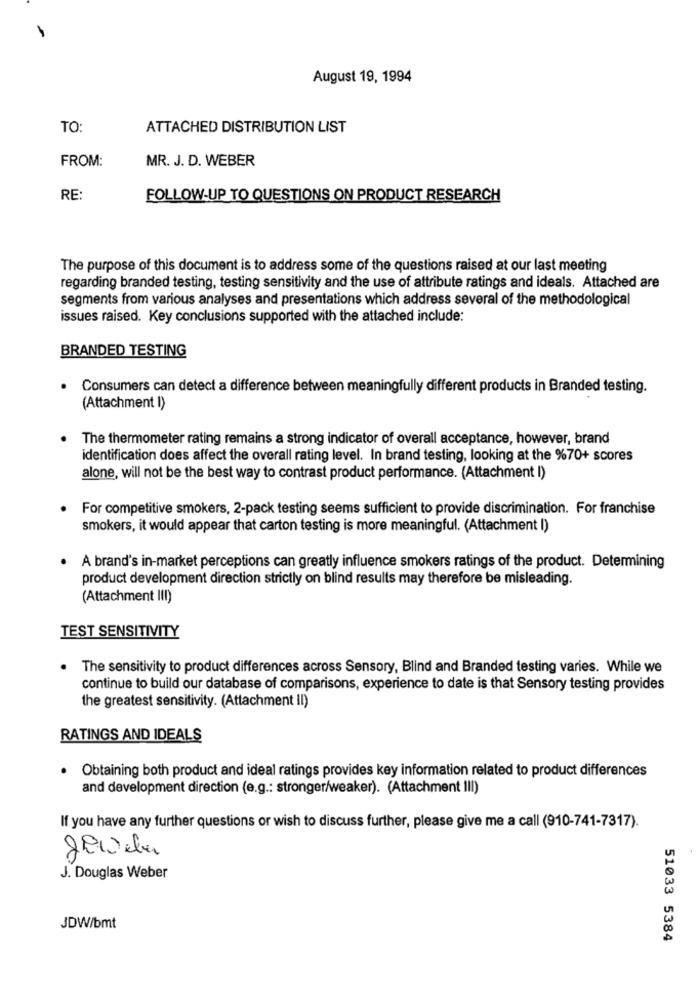
August 19, 1994
TO:
ATTACHED DISTRIBUTION LIST
FROM:
MR. J. D. WEBER
RE:
FOLLOW-UP TO QUESTIONS ON PRODUCT RESEARCH
The purpose of this document is to address some of the questions raised at our last meeting
regarding branded testing, testing sensitivity and the use of attribute ratings and ideals. Attached are
segments from various analyses and presentations which address several of the methodological
issues raised. Key conclusions supported with the attached include:
BRANDED TESTING
Consumers can detect a difference between meaningfully different products in Branded testing.
(Attachment I)
The thermometer rating remains a strong indicator of overall acceptance, however, brand
identification does affect the overall rating level. In brand testing, looking at the %70+ scores
alone, will not be the best way to contrast product performance. (Attachment I)
For competitive smokers, 2-pack testing seems sufficient to provide discrimination. For franchise
smokers, it would appear that carton testing is more meaningful. (Attachment I)
A brand's in-market perceptions can greatly influence smokers ratings of the product. Determining
product development direction strictly on blind results may therefore be misleading.
(Attachment III)
TEST SENSITIVITY
.
The sensitivity to product differences across Sensory, Blind and Branded testing varies. While we
continue to build our database of comparisons, experience to date is that Sensory testing provides
the greatest sensitivity. (Attachment II)
RATINGS AND IDEALS
· Obtaining both product and ideal ratings provides key information related to product differences
and development direction (e.g .: stronger/weaker). (Attachment III)
If you have any further questions or wish to discuss further, please give me a call (910-741-7317).
gewebe
00
J. Douglas Weber
JDW/bmt
51033 5384